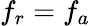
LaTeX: f_{r}=f_{a}